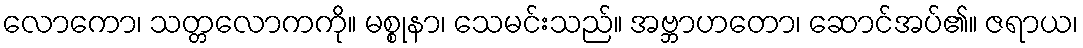
လောကော၊ သတ္တလောကကို။ မစ္စုနာ၊ သေမင်းသည်။ အဗ္ဘာဟတော၊ ဆောင်အပ်၏။ ဇရာယ၊